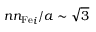
{ { n n _ { \mathrm { F e } } } _ { i } } / a \sim \sqrt { 3 }